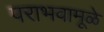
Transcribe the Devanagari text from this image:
पराभवामूळे